Civil Veterinary Dept. Bombay admin report 1932-41 - 1932-1941
Year: 1932
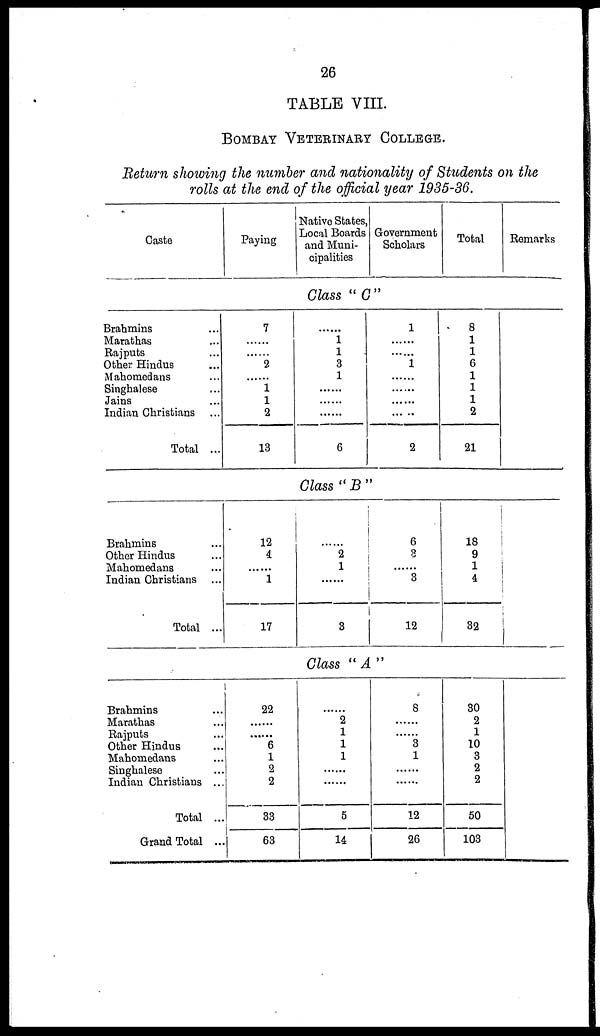
26
TABLE VIII.
BOMBAY VETERINARY COLLEGE.
Return showing the number and nationality of Students on the
rolls at the end of the official year 1935-36.
Caste
Paying
Native States,
Local Boards
and Muni-
cipalities
Government
Scholars
Total
Remarks
Class "C"
Brahmins ...
Marathas ...
Rajputs ...
Other Hindus ...
Mahomedans ...
Singhalese ...
Jains ...
Indian Christians ...
Total ...
7
......
......
2
1
1
2
13
......
1
1
3
1
......
......
......
6
1
......
......
1
......
......
......
......
2
8
1
1
6
1
1
1
2
21
Class "B"
Brahmins ...
Other Hindus ...
Mahomedans ...
Indian Christians ...
Total ...
12
4
......
1
17
......
2
1
......
3
6
3
......
3
12
18
9
1
4
32
Class "A"
Brahmins ...
Marathas ...
Rajputs ...
Other Hindus ...
Mahomedans ...
Singhalese ...
Indian Christians ...
Total ...
Grand Total ...
22
......
......
6
1
2
2
33
63
......
2
1
1
1
......
......
5
14
8
......
......
3
1
......
......
12
26
30
2
1
10
3
2
2
50
103